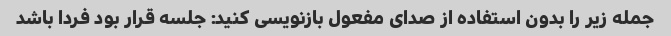
جمله زیر را بدون استفاده از صدای مفعول بازنویسی کنید: جلسه قرار بود فردا باشد